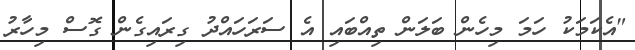
"އެކަމަކު ހަމަ މިހެން ބަލަން ތިއްބައި އެ ސަރަހައްދު ގިރައިގެން ގޮސް މިހާރު